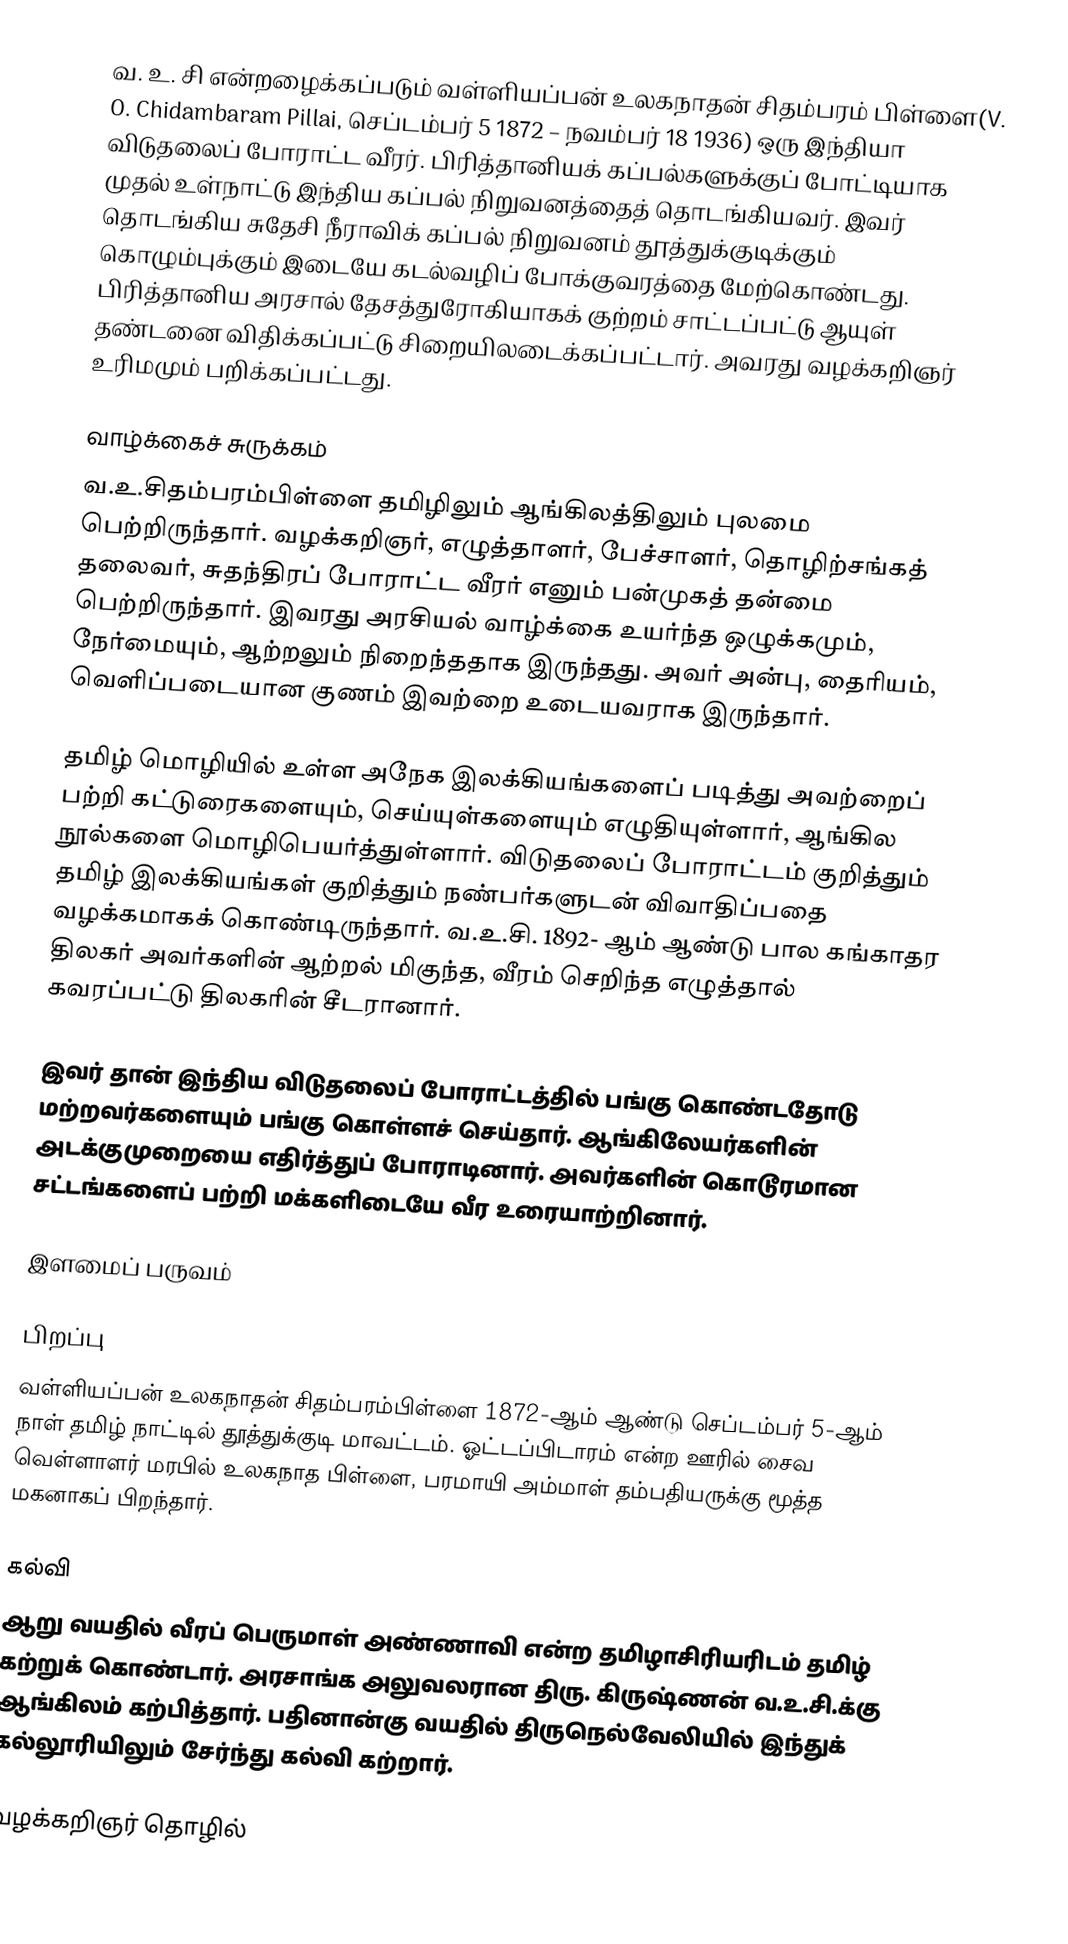
வ. உ. சி என்றழைக்கப்படும் வள்ளியப்பன் உலகநாதன் சிதம்பரம் பிள்ளை(V. O. Chidambaram Pillai, செப்டம்பர் 5 1872 – நவம்பர் 18 1936) ஒரு இந்தியா விடுதலைப் போராட்ட வீரர். பிரித்தானியக் கப்பல்களுக்குப் போட்டியாக முதல் உள்நாட்டு இந்திய கப்பல் நிறுவனத்தைத் தொடங்கியவர். இவர் தொடங்கிய சுதேசி நீராவிக்  கப்பல் நிறுவனம் தூத்துக்குடிக்கும் கொழும்புக்கும் இடையே கடல்வழிப் போக்குவரத்தை மேற்கொண்டது. பிரித்தானிய அரசால் தேசத்துரோகியாகக் குற்றம் சாட்டப்பட்டு ஆயுள் தண்டனை விதிக்கப்பட்டு சிறையிலடைக்கப்பட்டார். அவரது வழக்கறிஞர் உரிமமும் பறிக்கப்பட்டது.

வாழ்க்கைச் சுருக்கம்
வ.உ.சிதம்பரம்பிள்ளை தமிழிலும் ஆங்கிலத்திலும் புலமை பெற்றிருந்தார். வழக்கறிஞர், எழுத்தாளர், பேச்சாளர், தொழிற்சங்கத் தலைவர், சுதந்திரப் போராட்ட வீரர் எனும் பன்முகத் தன்மை பெற்றிருந்தார். இவரது அரசியல் வாழ்க்கை உயர்ந்த ஒழுக்கமும், நேர்மையும், ஆற்றலும் நிறைந்ததாக இருந்தது. அவர் அன்பு, தைரியம், வெளிப்படையான குணம் இவற்றை உடையவராக இருந்தார்.

தமிழ் மொழியில் உள்ள அநேக இலக்கியங்களைப் படித்து அவற்றைப் பற்றி கட்டுரைகளையும், செய்யுள்களையும் எழுதியுள்ளார், ஆங்கில நூல்களை மொழிபெயர்த்துள்ளார். விடுதலைப் போராட்டம் குறித்தும் தமிழ் இலக்கியங்கள் குறித்தும் நண்பர்களுடன் விவாதிப்பதை வழக்கமாகக் கொண்டிருந்தார். வ.உ.சி. 1892- ஆம் ஆண்டு பால கங்காதர திலகர் அவர்களின் ஆற்றல் மிகுந்த, வீரம் செறிந்த எழுத்தால் கவரப்பட்டு திலகரின் சீடரானார்.

இவர் தான் இந்திய விடுதலைப் போராட்டத்தில் பங்கு கொண்டதோடு மற்றவர்களையும் பங்கு கொள்ளச் செய்தார். ஆங்கிலேயர்களின் அடக்குமுறையை எதிர்த்துப் போராடினார். அவர்களின் கொடூரமான சட்டங்களைப் பற்றி மக்களிடையே வீர உரையாற்றினார்.

இளமைப் பருவம்

பிறப்பு
வள்ளியப்பன் உலகநாதன் சிதம்பரம்பிள்ளை 1872-ஆம் ஆண்டு செப்டம்பர் 5-ஆம் நாள் தமிழ் நாட்டில் தூத்துக்குடி மாவட்டம். ஓட்டப்பிடாரம் என்ற ஊரில் சைவ வெள்ளாளர் மரபில் உலகநாத பிள்ளை, பரமாயி அம்மாள் தம்பதியருக்கு மூத்த மகனாகப் பிறந்தார்.

கல்வி
ஆறு வயதில் வீரப் பெருமாள் அண்ணாவி என்ற தமிழாசிரியரிடம் தமிழ் கற்றுக் கொண்டார். அரசாங்க அலுவலரான திரு. கிருஷ்ணன் வ.உ.சி.க்கு ஆங்கிலம் கற்பித்தார். பதினான்கு வயதில்  திருநெல்வேலியில் இந்துக் கல்லூரியிலும் சேர்ந்து கல்வி கற்றார்.

வழக்கறிஞர் தொழில்